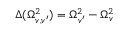
\Delta ( \Omega _ { v , v ^ { \prime } } ^ { 2 } ) = \Omega _ { v ^ { \prime } } ^ { 2 } - \Omega _ { v } ^ { 2 }